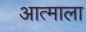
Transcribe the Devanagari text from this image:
आत्माला